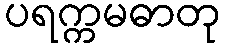
ပရက္ကမဓာတု